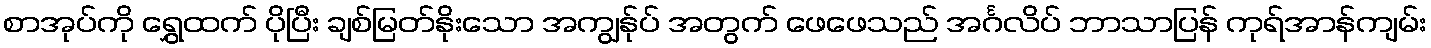
စာအုပ်ကို ရွှေထက် ပိုပြီး ချစ်မြတ်နိုးသော အကျွန်ုပ် အတွက် ဖေဖေသည် အင်္ဂလိပ် ဘာသာပြန် ကုရ်အာန်ကျမ်း